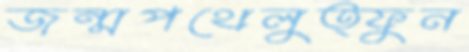
জন্মপথেলুত্ফুন